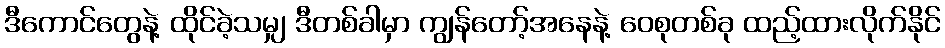
ဒီကောင်တွေနဲ့ ထိုင်ခဲ့သမျှ ဒီတစ်ခါမှာ ကျွန်တော့်အနေနဲ့ ဝေစုတစ်ခု ထည့်ထားလိုက်နိုင်